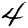
Digit: 4